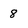
Character: 8